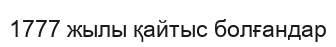
1777 жылы қайтыс болғандар